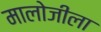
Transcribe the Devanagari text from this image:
मालोजीला